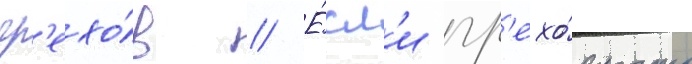
гр'ехо́в // Е́сл'и гр'ехо́вность